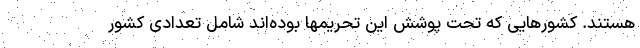
هستند. کشورهایی که تحت پوشش این تحریمها بوده‌اند شامل تعدادی کشور